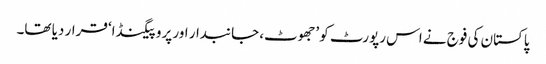
پاکستان کی فوج نے اس رپورٹ کو ’جھوٹ، جانبدار اور پروپیگنڈا‘ قرار دیا تھا۔